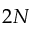
2 N